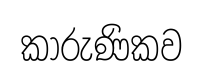
කාරුණිකව